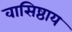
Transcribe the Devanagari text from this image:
वासिष्ठाय